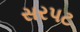
સરપટ